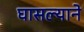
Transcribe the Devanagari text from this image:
घासल्याने